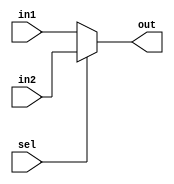
module MUX2x1 #(parameter length=32 )(
input wire [length-1:0]     in1,in2,
input wire                  sel,
output wire [length-1:0]    out 
);

assign out=(sel)? in2:in1;

endmodule